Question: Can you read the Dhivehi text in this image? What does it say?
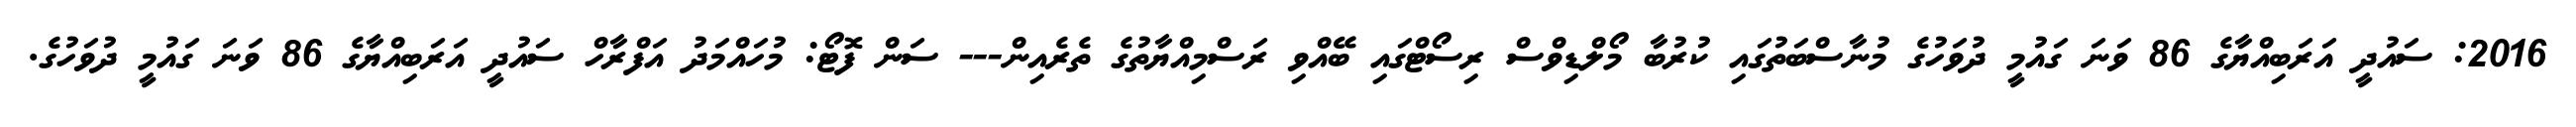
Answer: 2016: ސައުދީ އަރަބިއްޔާގެ 86 ވަނަ ގައުމީ ދުވަހުގެ މުނާސްބަތުގައި ކުރުބާ މޯލްޑިވްސް ރިސޯޓްގައި ބޭއްވި ރަސްމިއްޔާތުގެ ތެރެއިން--- ސަން ފޮޓޯ: މުހައްމަދު އަފްރާހް ސައުދީ އަރަބިއްޔާގެ 86 ވަނަ ގައުމީ ދުވަހުގެ.